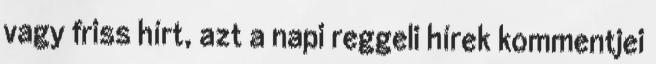
vagy friss hírt, azt a napi reggeli hírek kommentjei